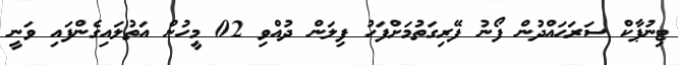
ޓިނުޕާކް ސަރަޙައްދުން ފޯނު ފޭރިގަތުމަށްފަހު ފިލަން ދުއްވި 02 މީހުން އަތުލައިގެންފައި ވަނީ